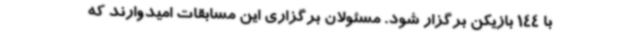
با 144 بازیکن برگزار شود. مسئولان برگزاری این مسابقات امیدوارند که